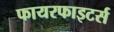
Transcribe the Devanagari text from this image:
फायरफाइटर्स